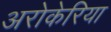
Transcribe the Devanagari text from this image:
अरोकेरिया